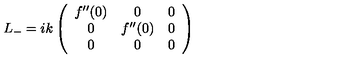
L _ { - } = i k \left( \begin{array} { c c c } { f ^ { \prime \prime } ( 0 ) } & { 0 } & { 0 } \\ { 0 } & { f ^ { \prime \prime } ( 0 ) } & { 0 } \\ { 0 } & { 0 } & { 0 } \\ \end{array} \right)